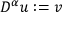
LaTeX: D ^ { \alpha } u : = v